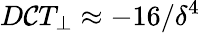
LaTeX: D\mathcal{C}T_{\perp}\approx-16/\delta^{4}